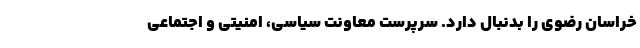
خراسان رضوی را بدنبال دارد. سرپرست معاونت سیاسی، امنیتی و اجتماعی